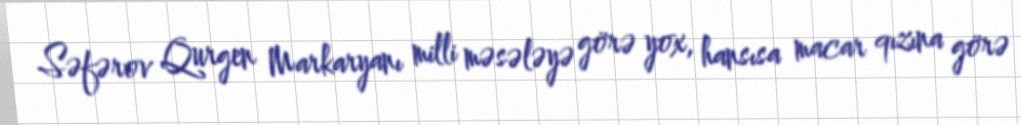
Səfərov Qurgen Markaryanı milli məsələyə görə yox, hansısa macar qızına görə